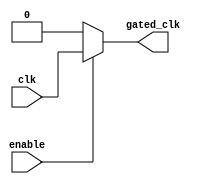
module clock_gating(
    input wire clk,           // Primary clock signal
    input wire enable,        // Enable signal for clock gating
    output wire gated_clk     // Gated clock output
);
    // Gated clock logic
    assign gated_clk = enable ? clk : 1'b0; // If enabled, pass the clock; otherwise, output 0

endmodule